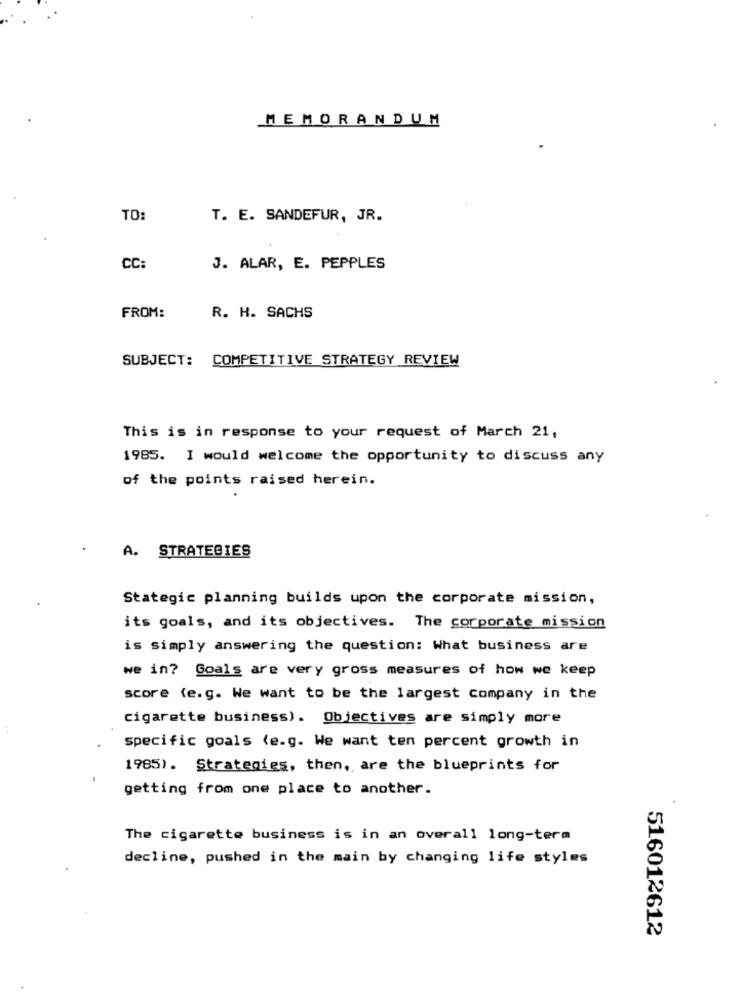
MEMORANDUM
TO
T. E. SANDEFUR, JR.
CC:
J. ALAR, E. PEPPLES
FROM:
R. H. SACHS
SUBJECT: COMPETITIVE STRATEGY REVIEW
This is in response to your request of March 21,
1985. I would welcome the opportunity to discuss any
of the points raised herein.
A. STRATEGIES
Stategic planning builds upon the corporate mission,
its goals, and its objectives. The corporate mission
is simply answering the question: What business are
we in? Goals are very gross measures of how we keep
score (e.g. We want to be the largest company in the
cigarette business). Objectives are simply more
specific goals (e.g. We want ten percent growth in
1985). Strategies, then, are the blueprints for
getting from one place to another.
The cigarette business is in an overall long-term
decline, pushed in the main by changing life styles
516012612